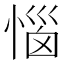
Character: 惱